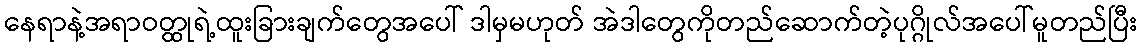
နေရာနဲ့အရာဝတ္ထုရဲ့ထူးခြားချက်တွေအပေါ် ဒါမှမဟုတ် အဲဒါတွေကိုတည်ဆောက်တဲ့ပုဂ္ဂိုလ်အပေါ်မူတည်ပြီး